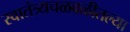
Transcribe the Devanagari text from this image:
स्वातंत्र्यचळवळीतल्या